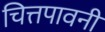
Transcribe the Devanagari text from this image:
चित्तपावनी